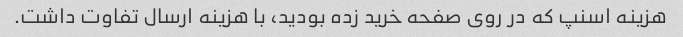
هزینه اسنپ که در روی صفحه خرید زده بودید، با هزینه ارسال تفاوت داشت.